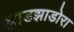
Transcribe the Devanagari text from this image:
झाडझाडोरा